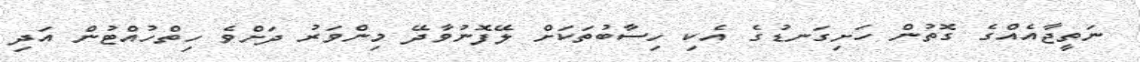
ނަތީޖާއެއްގެ ގޮތުން ހަށިގަނޑުގެ އެކި ހިސާބުތަކަށް ލޭފޮނުވާދޭ މިންވަރު ދަށްވެ ހިތްހުއްޓުން އަދި